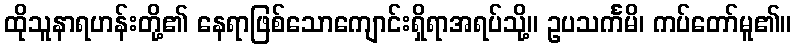
ထိုသူနာရဟန်းတို့၏ နေရာဖြစ်သောကျောင်းရှိရာအရပ်သို့။ ဥပသင်္ကမိ၊ ကပ်တော်မူ၏။